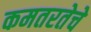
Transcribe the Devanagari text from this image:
कमतरतेचे